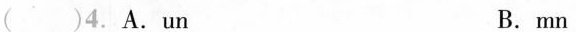
()4.A.un B.mn